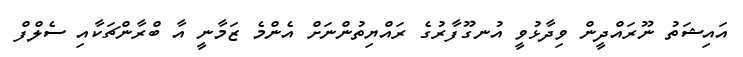
އައިޝަތު ނޫރައްދީން ވިދާޅުވީ އުނގޫފާރުގެ ރައްޔިތުންނަށް އެންމެ ޒަމާނީ އާ ބްރާންޗަކާއި ސެލްފް